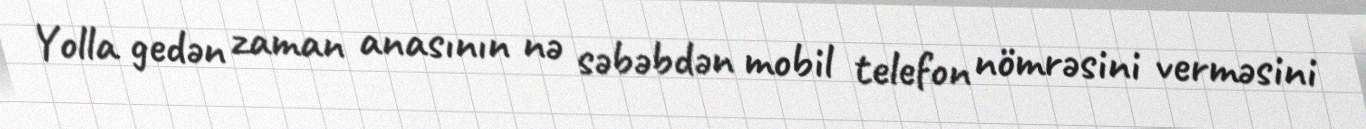
Yolla gedən zaman anasının nə səbəbdən mobil telefon nömrəsini verməsini